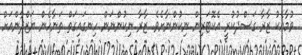
ވުމާއެކު ޒާރާ ގަސްދުކުރީ އެކޮޓަރިން ނިކުންނާށެވެ. ޒާރާ ނިކުންނަން ހިނގައިގަތް ތަނާހެން ޔަޒްދާންއަށް